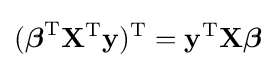
({\boldsymbol {\beta }}^{\rm {T}}\mathbf {X} ^{\rm {T}}\mathbf {y} )^{\rm {T}}=\mathbf {y} ^{\rm {T}}\mathbf {X} {\boldsymbol {\beta }}